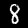
Digit: 8